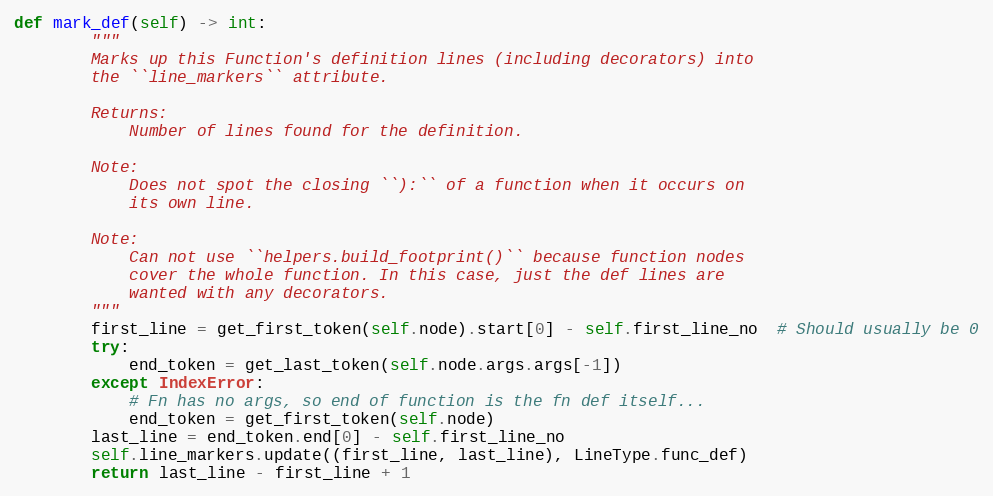
Language: Python
def mark_def(self) -> int:
        """
        Marks up this Function's definition lines (including decorators) into
        the ``line_markers`` attribute.

        Returns:
            Number of lines found for the definition.

        Note:
            Does not spot the closing ``):`` of a function when it occurs on
            its own line.

        Note:
            Can not use ``helpers.build_footprint()`` because function nodes
            cover the whole function. In this case, just the def lines are
            wanted with any decorators.
        """
        first_line = get_first_token(self.node).start[0] - self.first_line_no  # Should usually be 0
        try:
            end_token = get_last_token(self.node.args.args[-1])
        except IndexError:
            # Fn has no args, so end of function is the fn def itself...
            end_token = get_first_token(self.node)
        last_line = end_token.end[0] - self.first_line_no
        self.line_markers.update((first_line, last_line), LineType.func_def)
        return last_line - first_line + 1